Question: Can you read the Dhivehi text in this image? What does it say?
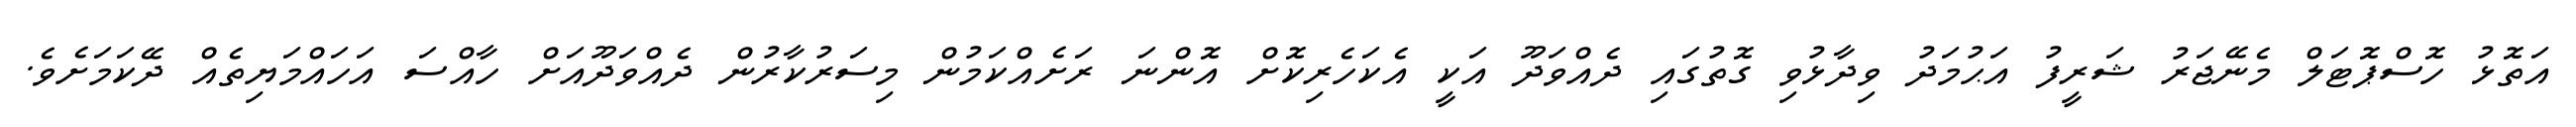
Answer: އަތޮޅު ހޮސްޕޮޓަލް މެނޭޖަރު ޝަރީފު އަޙުމަދު ވިދާޅުވި ގޮތުގައި ދެއްވަދޫ އަކީ އެކަހެރިކޮށް އޮންނަ ރަށެއްކަމުން މިސަރުކާރުން ދެއްވަދޫއަށް ހާއްސަ އަހައްމަޔިތެއް ދޭކަމަށެވެ.